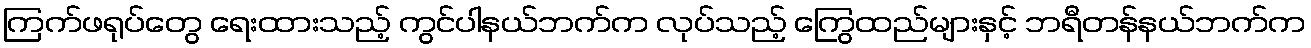
ကြက်ဖရုပ်တွေ ရေးထားသည့် ကွင်ပါနယ်ဘက်က လုပ်သည့် ကြွေထည်များနှင့် ဘရီတန်နယ်ဘက်က